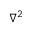
\nabla ^ { 2 }